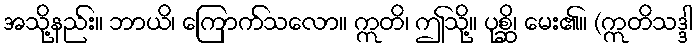
အသို့နည်း။ ဘာယိ၊ ကြောက်သလော။ ဣတိ၊ ဤသို့။ ပုစ္ဆိ၊ မေး၏။ (ဣတိသဒ္ဒါ